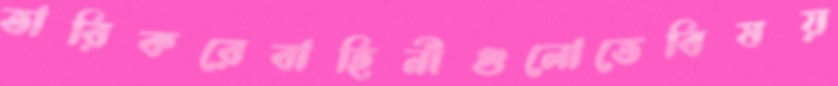
তারিকরেবাহিনীগুলোতেবিষয়